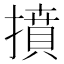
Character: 𢴢